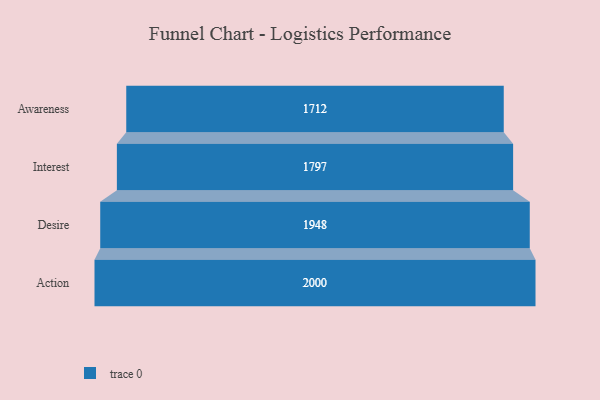
{"axis": {"x": "Stage", "y": "Value"}, "legend": [""], "data": [{"x": "Awareness", "y": 1712.0, "type": ""}, {"x": "Interest", "y": 1797.0, "type": ""}, {"x": "Desire", "y": 1948.0, "type": ""}, {"x": "Action", "y": 2000, "type": ""}]}